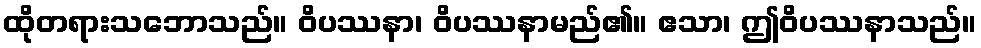
ထိုတရားသဘောသည်။ ဝိပဿနာ၊ ဝိပဿနာမည်၏။ ဧသာ၊ ဤဝိပဿနာသည်။